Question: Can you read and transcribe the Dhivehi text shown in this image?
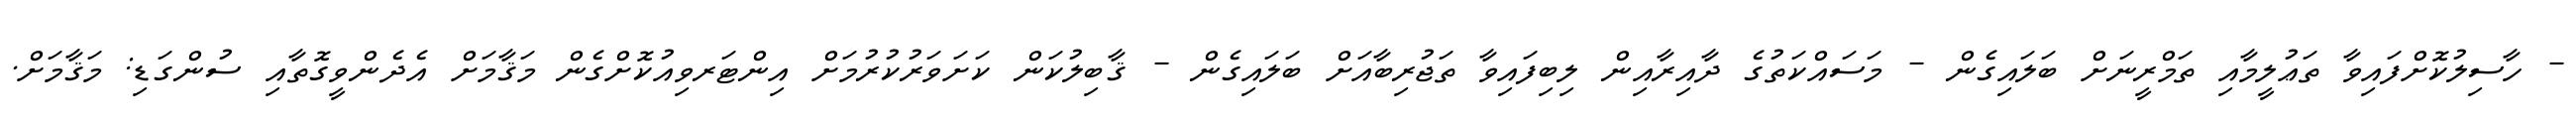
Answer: - ހާސިލުކޮށްފައިވާ ތަޢުލީމާއި ތަމްރީނަށް ބަލައިގެން - މަސައްކަތުގެ ދާއިރާއިން ލިބިފައިވާ ތަޖުރިބާއަށް ބަލައިގެން - ޤާބިލުކަން ކަށަވަރުކުރުމަށް އިންޓަރވިއުކޮށްގެން މަޤާމަށް އެދެންވީގޮތާއި ސުންގަޑި: މަޤާމަށް.